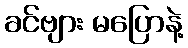
ခင်ဗျား မပြောနဲ့